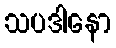
သပဒါနော